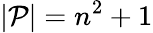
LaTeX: |{\mathcal{P}}|=n^{2}+1